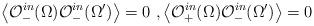
LaTeX: \begin{align*}\left<\mathcal{O}^{in}_-(\Omega)\mathcal{O}^{in}_-(\Omega')\right>=0 \ ,\left<\mathcal{O}^{in}_+(\Omega)\mathcal{O}^{in}_-(\Omega')\right>=0\end{align*}